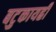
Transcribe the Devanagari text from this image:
बटुकायह्रीं